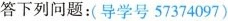
答下列问题：(导学号57374097)